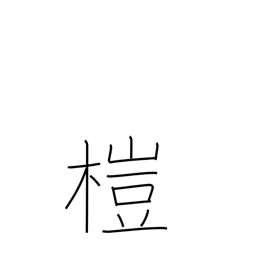
Meaning: alder